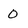
Character: 0